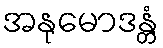
အနုမောဒန္တံ